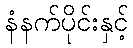
နံနက်ပိုင်းနှင့်